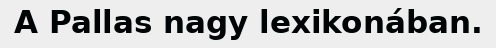
A Pallas nagy lexikonában.